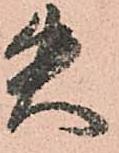
失